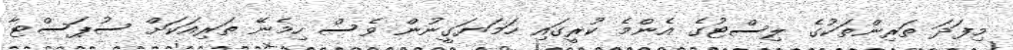
މިފަދަ ތަރިންތަކުގެ ލިސްޓުގެ އެންމެ ކުރީގައި ހަމަޔަގީނުން ވެސް ހިމެނޭ ތަރިއަކަށް ސުޕަސްޓާ